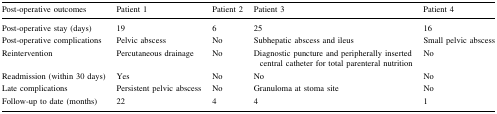
<table><thead><tr><td><b>Post-operative outcomes</b></td><td><b>Patient 1</b></td><td><b>Patient 2</b></td><td><b>Patient 3</b></td><td><b>Patient 4</b></td></tr></thead><tbody><tr><td>Post-operative stay (days)</td><td>19</td><td>6</td><td>25</td><td>16</td></tr><tr><td>Post-operative complications</td><td>Pelvic abscess</td><td>No</td><td>Subhepatic abscess and ileus</td><td>Small pelvic abscess</td></tr><tr><td>Reintervention</td><td>Percutaneous drainage</td><td>No</td><td>Diagnostic puncture and peripherally inserted central catheter for total parenteral nutrition</td><td>No</td></tr><tr><td>Readmission (within 30 days)</td><td>Yes</td><td>No</td><td>No</td><td>No</td></tr><tr><td>Late complications</td><td>Persistent pelvic abscess</td><td>No</td><td>Granuloma at stoma site</td><td>No</td></tr><tr><td>Follow-up to date (months)</td><td>22</td><td>4</td><td>4</td><td>1</td></tr></tbody></table>